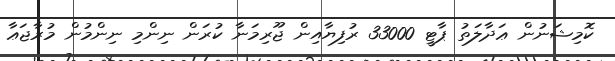
ކޮމިޝަނުން ޢަދާލަތު ޕާޓީ 33000 ރުފިޔާއިން ޖޫރިމަނާ ކުރަން ނިންމި ނިންމުން މުރާޖަޢާ